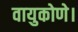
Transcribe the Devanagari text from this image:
वायुकोणे।